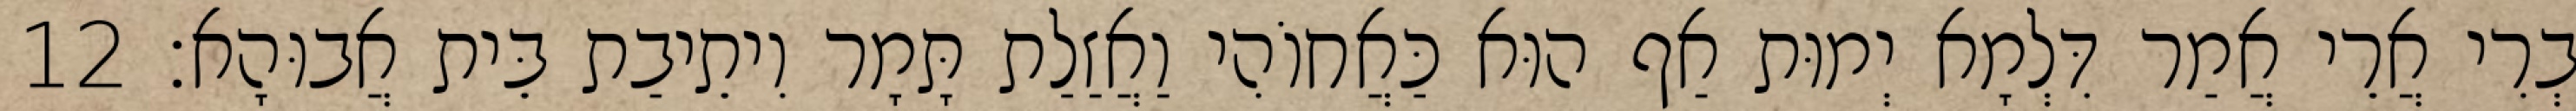
בְרִי אֲרֵי אֲמַר דִּלְמָא יְמוּת אַף הוּא כַּאֲחוֹהִי וַאֲזַלַת תָּמָר וִיתֵיבַת בֵּית אֲבוּהָא׃ 12